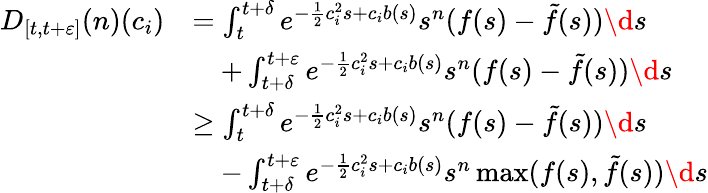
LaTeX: \begin{array}{rl}{D_{[t,t+\varepsilon]}(n)(c_{i})}&{=\int_{t}^{t+\delta}e^{-\frac{1}{2}c_{i}^{2}s+c_{i}b(s)}s^{n}(f(s)-\tilde{f}(s))\d s}\\ &{\quad+\int_{t+\delta}^{t+\varepsilon}e^{-\frac{1}{2}c_{i}^{2}s+c_{i}b(s)}s^{n}(f(s)-\tilde{f}(s))\d s}\\ &{\geq\int_{t}^{t+\delta}e^{-\frac{1}{2}c_{i}^{2}s+c_{i}b(s)}s^{n}(f(s)-\tilde{f}(s))\d s}\\ &{\quad-\int_{t+\delta}^{t+\varepsilon}e^{-\frac{1}{2}c_{i}^{2}s+c_{i}b(s)}s^{n}\operatorname*{max}(f(s),\tilde{f}(s))\d s}\end{array}